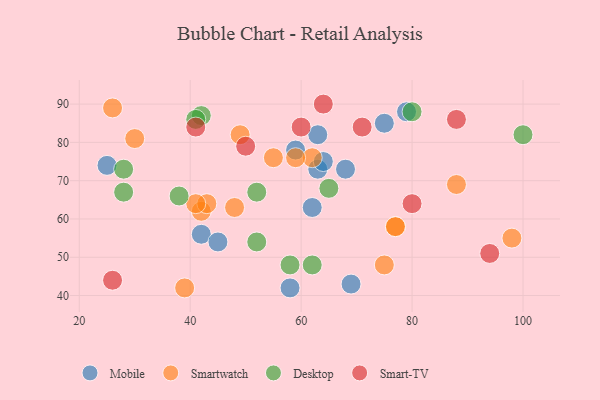
{"axis": {"x": "GDP", "y": "Life Expectancy"}, "legend": ["Desktop", "Mobile", "Smart-TV", "Smartwatch"], "data": [{"x": "63", "y": 82, "type": "Mobile"}, {"x": "75", "y": 85, "type": "Mobile"}, {"x": "63", "y": 73, "type": "Mobile"}, {"x": "58", "y": 42, "type": "Mobile"}, {"x": "25", "y": 74, "type": "Mobile"}, {"x": "62", "y": 63, "type": "Mobile"}, {"x": "68", "y": 73, "type": "Mobile"}, {"x": "69", "y": 43, "type": "Mobile"}, {"x": "42", "y": 56, "type": "Mobile"}, {"x": "64", "y": 75, "type": "Mobile"}, {"x": "45", "y": 54, "type": "Mobile"}, {"x": "59", "y": 78, "type": "Mobile"}, {"x": "79", "y": 88, "type": "Mobile"}, {"x": "42", "y": 62, "type": "Smartwatch"}, {"x": "55", "y": 76, "type": "Smartwatch"}, {"x": "75", "y": 48, "type": "Smartwatch"}, {"x": "43", "y": 64, "type": "Smartwatch"}, {"x": "39", "y": 42, "type": "Smartwatch"}, {"x": "26", "y": 89, "type": "Smartwatch"}, {"x": "49", "y": 82, "type": "Smartwatch"}, {"x": "48", "y": 63, "type": "Smartwatch"}, {"x": "77", "y": 58, "type": "Smartwatch"}, {"x": "77", "y": 58, "type": "Smartwatch"}, {"x": "88", "y": 69, "type": "Smartwatch"}, {"x": "98", "y": 55, "type": "Smartwatch"}, {"x": "30", "y": 81, "type": "Smartwatch"}, {"x": "41", "y": 64, "type": "Smartwatch"}, {"x": "62", "y": 76, "type": "Smartwatch"}, {"x": "59", "y": 76, "type": "Smartwatch"}, {"x": "28", "y": 73, "type": "Desktop"}, {"x": "28", "y": 67, "type": "Desktop"}, {"x": "38", "y": 66, "type": "Desktop"}, {"x": "80", "y": 88, "type": "Desktop"}, {"x": "52", "y": 67, "type": "Desktop"}, {"x": "62", "y": 48, "type": "Desktop"}, {"x": "65", "y": 68, "type": "Desktop"}, {"x": "42", "y": 87, "type": "Desktop"}, {"x": "41", "y": 86, "type": "Desktop"}, {"x": "58", "y": 48, "type": "Desktop"}, {"x": "52", "y": 54, "type": "Desktop"}, {"x": "100", "y": 82, "type": "Desktop"}, {"x": "88", "y": 86, "type": "Smart-TV"}, {"x": "60", "y": 84, "type": "Smart-TV"}, {"x": "71", "y": 84, "type": "Smart-TV"}, {"x": "64", "y": 90, "type": "Smart-TV"}, {"x": "80", "y": 64, "type": "Smart-TV"}, {"x": "41", "y": 84, "type": "Smart-TV"}, {"x": "50", "y": 79, "type": "Smart-TV"}, {"x": "26", "y": 44, "type": "Smart-TV"}, {"x": "94", "y": 51, "type": "Smart-TV"}]}